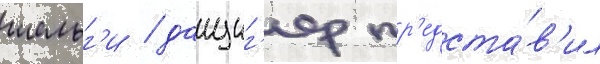
шельг'и / данциг'ер пр'едста́в'ил